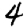
Digit: 4